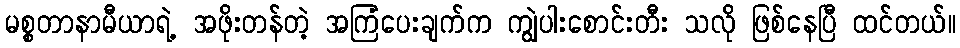
မစ္စတာနာမီယာရဲ့ အဖိုးတန်တဲ့ အကြံပေးချက်က ကျွဲပါးစောင်းတီး သလို ဖြစ်နေပြီ ထင်တယ်။